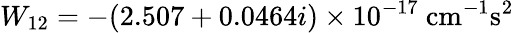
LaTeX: W_{12}=-(2.507+0.0464i)\times 10^{-17}~\mathrm{cm^{-1}s^{2}}